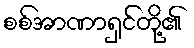
စစ်အာဏာရှင်တို့၏